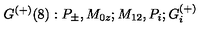
\, G ^ { ( + ) } ( 8 ) : P _ { \pm } , M _ { 0 z } ; M _ { 1 2 } , P _ { i } ; G _ { i } ^ { ( + ) }